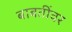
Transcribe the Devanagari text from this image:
बाबतींवर